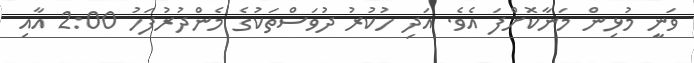
ވަނީ މުޅިން މަނާކޮށްފަ އެވެ. އަދި ހުކުރު ދުވަސްތަކުގެ މެންދުރުފަހު 2:00 އާއި